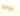
جوجو